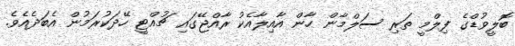
ބޮލީވުޑްގެ ފިލްމީ ތަރި ސަލްމާން ހާން އާއިލާއެކު ރާއްޖޭގައި ޗުއްޓީ ހޭދަކުރަމުން އެބަދެެއެވެ.